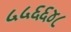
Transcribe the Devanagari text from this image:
५५६६४८